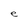
Character: e